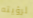
لرؤيته